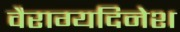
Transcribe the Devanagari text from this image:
वैराग्यदिनेश